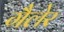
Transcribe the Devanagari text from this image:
गैलेर